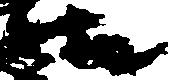
様